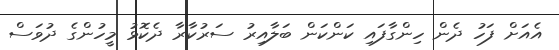
އެއަށް ފަހު ދެން ހިންގާފައި ކަންކަން ބަލާއިރު ސަރުކާރާ ދެކޮޅު މީހުންގެ ދުވަސް